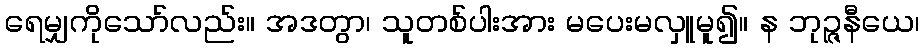
ရေမျှကိုသော်လည်း။ အဒတွာ၊ သူတစ်ပါးအား မပေးမလှူမူ၍။ န ဘုဉ္ဇနီယေ၊